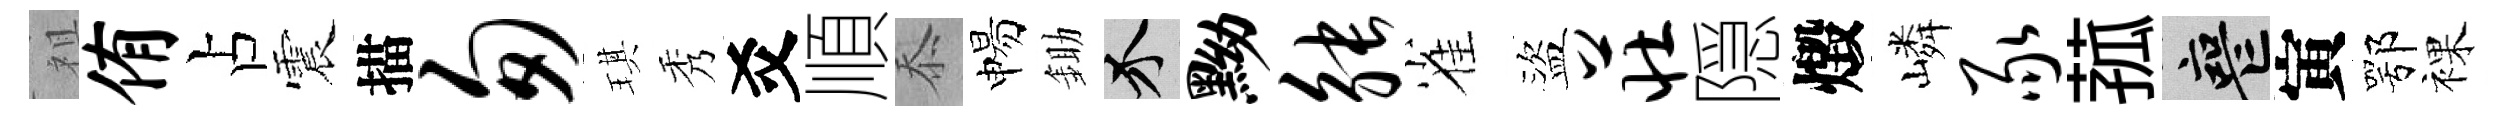
祖侑占震描匆琪秀爻順忝惕鋤介黝觖雀盜庄隠燬嶙豕菰喪寅鄂裸